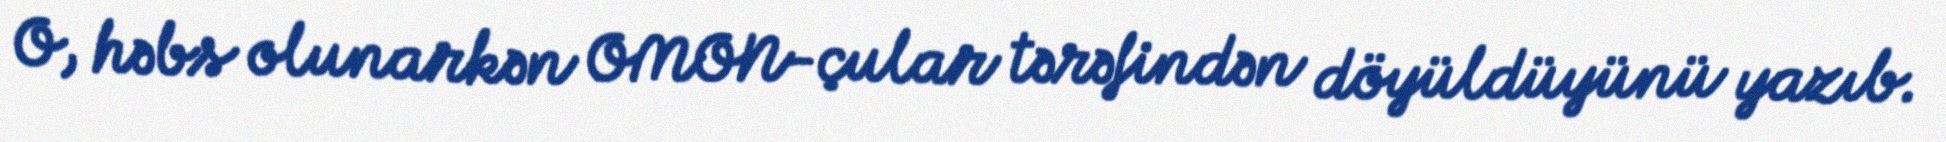
O, həbs olunarkən OMON-çular tərəfindən döyüldüyünü yazıb.